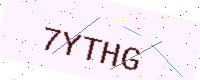
Text: 7YTHG